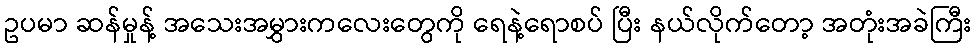
ဥပမာ ဆန်မှုန့် အသေးအမွှားကလေးတွေကို ရေနဲ့ရောစပ် ပြီး နယ်လိုက်တော့ အတုံးအခဲကြီး